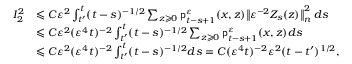
\begin{array} { r l } { I _ { 2 } ^ { 2 } } & { \leqslant C \varepsilon ^ { 2 } \int _ { t ^ { \prime } } ^ { t } ( t - s ) ^ { - 1 / 2 } \sum _ { z \geqslant 0 } \mathsf { p } _ { t - s + 1 } ^ { \varepsilon } ( x , z ) \big \| \varepsilon ^ { - 2 } Z _ { s } ( z ) \big \| _ { n } ^ { 2 } \; d s } \\ & { \leqslant C \varepsilon ^ { 2 } ( \varepsilon ^ { 4 } t ) ^ { - 2 } \int _ { t ^ { \prime } } ^ { t } ( t - s ) ^ { - 1 / 2 } \sum _ { z \geqslant 0 } \mathsf { p } _ { t - s + 1 } ^ { \varepsilon } ( x , z ) d s } \\ & { \leqslant C \varepsilon ^ { 2 } ( \varepsilon ^ { 4 } t ) ^ { - 2 } \int _ { t ^ { \prime } } ^ { t } ( t - s ) ^ { - 1 / 2 } d s = C ( \varepsilon ^ { 4 } t ) ^ { - 2 } \varepsilon ^ { 2 } ( t - t ^ { \prime } ) ^ { 1 / 2 } , } \end{array}